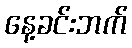
နေ့ခင်းဘက်